Mediterranean fever in India - Number 22
Disease focus: Fever
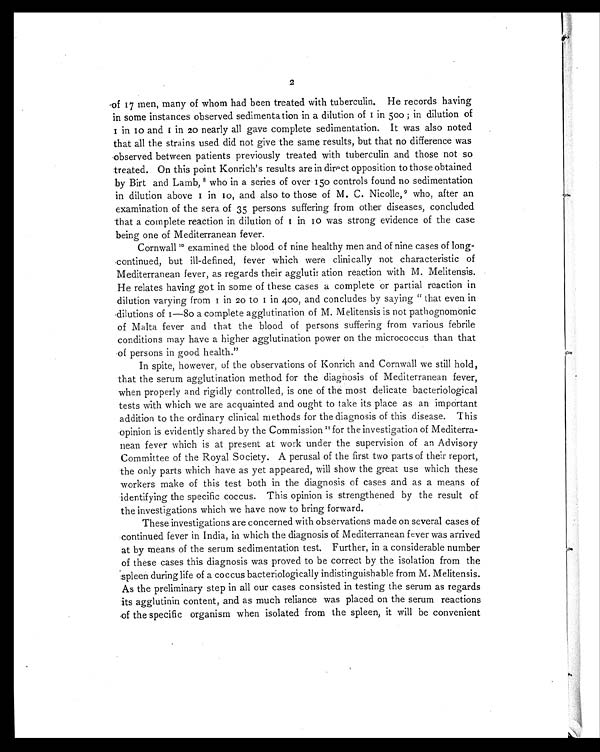
2
of 17 men, many of whom had been treated with tuberculin. He records having
in some instances observed sedimentation in a dilution of 1 in 500 ; in dilution of
1 in 10 and 1 in20 nearly all gave complete sedimentation. It was also noted
that all the strains used did not give the same results, but that no difference was
observed between patients previously treated with tuberculin and those not so
treated. On this point Konrich's results are in direct opposition to those obtained
by Birt and Lamb,8 who in a series of over 150 controls found no sedimentation
in dilution above 1 in 10, and also to those of M. C. Nicolle, 9 who, after an
examination of the sera of 35 persons suffering from other diseases, concluded
that a complete reaction in dilution of 1 in 10 was strong evidence of the case
being one of Mediterranean fever.
Cornwall 1 0
examined the blood of nine healthy men and of nine cases of long-
continued, but ill-defined, fever which were clinically not characteristic of
Mediterranean fever, as regards their agglutination reaction with M. Melitensis.
He relates having got in some of these cases a complete or partial reaction in
dilution varying from 1 in 20 to 1 in 400, and concludes by saying "that even in
dilutions of 1—80 a complete agglutination of M. Melitensis is not pathognomonic
of Malta fever and that the blood of persons suffering from various febrile
conditions may have a higher agglutination power on the micrococcus than that
of persons in good health."
In spite, however, of the observations of Konrich and Cornwall we still hold,
that the serum agglutination method for the diagnosis of Mediterranean fever,
when properly and rigidly controlled, is one of the most delicate bacteriological
tests with which we are acquainted and ought to take its place as an important
addition to the ordinary clinical methods for the diagnosis of this disease. This
opinion is evidently shared by the Commission 11 for the investigation of Mediterra-
nean fever which is at present at work under the supervision of an Advisory
Committee of the Royal Society. A perusal of the first two parts of their report,
the only parts which have as yet appeared, will show the great use which these
workers make of this test both in the diagnosis of cases and as a means of
identifying the specific coccus. This opinion is strengthened by the result of
the investigations which we have now to bring forward.
These investigations are concerned with observations made on several cases of
continued fever in India, in which the diagnosis of Mediterranean fever was arrived
at by means of the serum sedimentation test. Further, in a considerable number
of these cases this diagnosis was proved to be correct by the isolation from the
spleen during life of a coccus bacteriologically indistinguishable from M. Melitensis.
As the preliminary step in all our cases consisted in testing the serum as regards
its agglutinin content, and as much reliance was placed on the serum reactions
of the specific organism when isolated from the spleen, it will be convenient